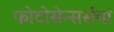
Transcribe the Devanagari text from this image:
फोटोसेन्सर्सचा